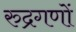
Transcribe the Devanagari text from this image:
रुद्रगणों